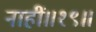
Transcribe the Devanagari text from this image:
नाहीं॥१९॥